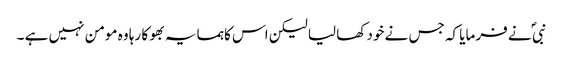
نبی ؐ نے فرمایا کہ جس نے خود کھا لیا لیکن اس کا ہمسایہ بھوکا رہا وہ مومن نہیں ہے ۔